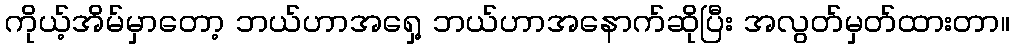
ကိုယ့်အိမ်မှာတော့ ဘယ်ဟာအရှေ့ ဘယ်ဟာအနောက်ဆိုပြီး အလွတ်မှတ်ထားတာ။